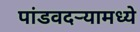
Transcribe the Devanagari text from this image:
पांडवदर्‍यामध्ये